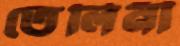
তেলিনী